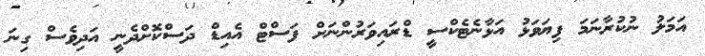
އަމަލު ނުކުރާނަމަ ފިޔަވަޅު އަޅާނެޓެކްސީ ޑްރައިވަރުންނަށް ފަސްޓް އެއިޑް ދަސްކޮށްދެނީ އަދިވެސް ގިނަ